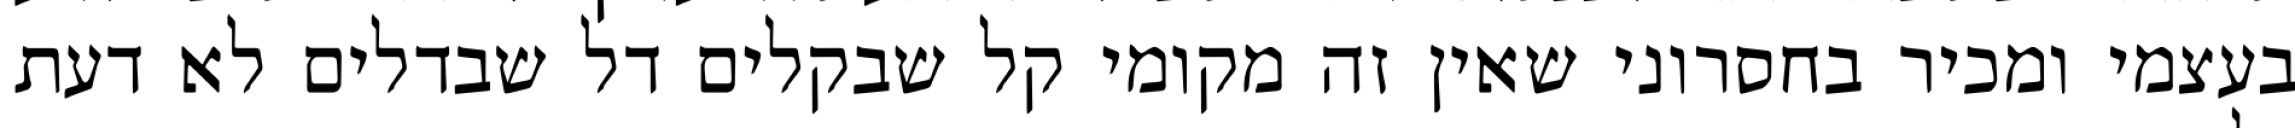
בעצמי ומכיר בחסרוני שאין זה מקומי קל שבקלים דל שבדלים לא דעת